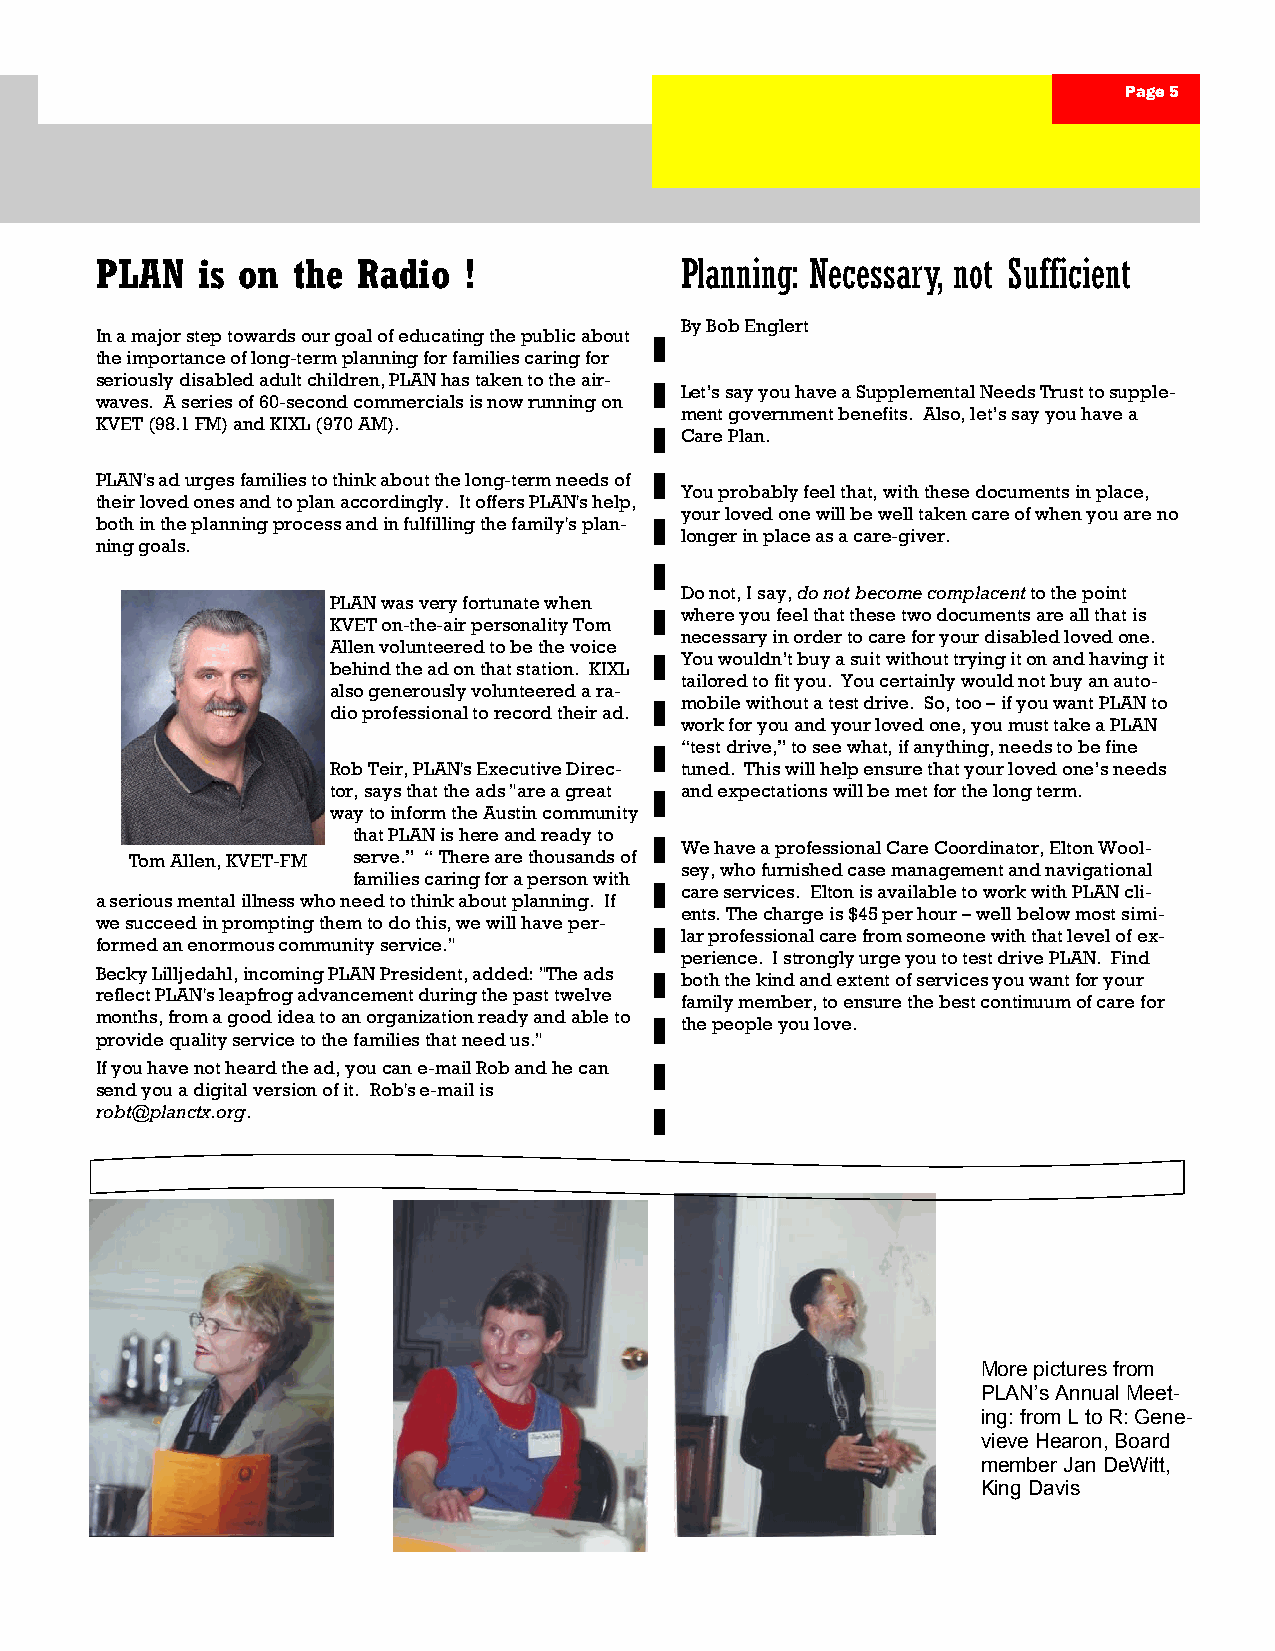
Page 5
 PLAN   is on the  Radio  !             Planning: Necessary, not Sufficient
 By Bob Englert
 In a major step towards our goal of educating the public about
 the importance of long-term planning for families caring for
 seriously disabled adult children, PLAN has taken to the air-
 Let’s say you have a Supplemental Needs Trust to supple-
 waves. A series of 60-second commercials is now running on
 ment government benefits. Also, let’s say you have a
 KVET (98.1 FM) and KIXL (970 AM).
 Care Plan.
 PLAN's ad urges families to think about the long-term needs of
 You probably feel that, with these documents in place,
 their loved ones and to plan accordingly. It offers PLAN's help,
 your loved one will be well taken care of when you are no
 both in the planning process and in fulfilling the family's plan-
 longer in place as a care-giver.
 ning goals.
 Do not, I say, do not become complacent to the point
 PLAN was very fortunate when
 where you feel that these two documents are all that is
 KVET on-the-air personality Tom
 necessary in order to care for your disabled loved one.
 Allen volunteered to be the voice
 You wouldn’t buy a suit without trying it on and having it
 behind the ad on that station. KIXL
 tailored to fit you. You certainly would not buy an auto-
 also generously volunteered a ra-
 mobile without a test drive. So, too – if you want PLAN to
 dio professional to record their ad.
 work for you and your loved one, you must take a PLAN
 “test drive,” to see what, if anything, needs to be fine
 Rob Teir, PLAN's Executive Direc- tuned. This will help ensure that your loved one’s needs
 tor, says that the ads "are a great and expectations will be met for the long term.
 way to inform the Austin community
 that PLAN is here and ready to
 We have a professional Care Coordinator, Elton Wool-
 Tom Allen, KVET-FM serve.” “ There are thousands of
 sey, who furnished case management and navigational
 families caring for a person with
 care services. Elton is available to work with PLAN cli-
 a serious mental illness who need to think about planning. If
 ents. The charge is $45 per hour – well below most simi-
 we succeed in prompting them to do this, we will have per-
 lar professional care from someone with that level of ex-
 formed an enormous community service."
 perience. I strongly urge you to test drive PLAN. Find
 Becky Lilljedahl, incoming PLAN President, added: "The ads both the kind and extent of services you want for your
 reflect PLAN's leapfrog advancement during the past twelve family member, to ensure the best continuum of care for
 months, from a good idea to an organization ready and able to the people you love.
 provide quality service to the families that need us."
 If you have not heard the ad, you can e-mail Rob and he can
 send you a digital version of it. Rob's e-mail is
 robt@planctx.org.
 More pictures from
 PLAN’s Annual Meet-
 ing: from L to R: Gene-
 vieve Hearon, Board
 member Jan DeWitt,
 King Davis